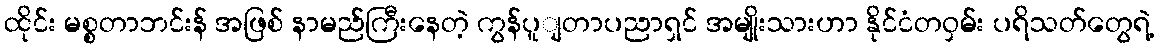
ထိုင်း မစ္စတာဘင်းန် အဖြစ် နာမည်ကြီးနေတဲ့ ကွန်ပူျတာပညာရှင် အမျိုးသားဟာ နိုင်ငံတဝှမ်း ပရိသတ်တွေရဲ့